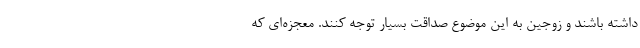
داشته باشند و زوجین به این موضوع صداقت بسیار توجه کنند. معجزه‌ای که